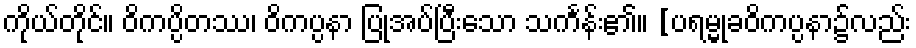
ကိုယ်တိုင်။ ဝိကပ္ပိတဿ၊ ဝိကပ္ပနာ ပြုအပ်ပြီးသော သင်္ကန်း၏။ [ပရမ္မုခဝိကပ္ပနာ၌လည်း